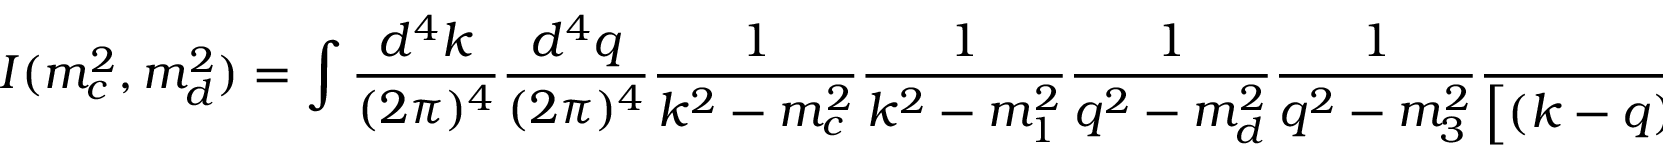
I ( m _ { c } ^ { 2 } , m _ { d } ^ { 2 } ) = \int \frac { d ^ { 4 } k } { ( 2 \pi ) ^ { 4 } } \frac { d ^ { 4 } q } { ( 2 \pi ) ^ { 4 } } \frac { 1 } { k ^ { 2 } - m _ { c } ^ { 2 } } \frac { 1 } { k ^ { 2 } - m _ { 1 } ^ { 2 } } \frac { 1 } { q ^ { 2 } - m _ { d } ^ { 2 } } \frac { 1 } { q ^ { 2 } - m _ { 3 } ^ { 2 } } \frac { 1 } { \left[ ( k - q ) ^ { 2 } - m _ { 2 } ^ { 2 } \right] } \frac { 1 } { \left[ ( k - q ) ^ { 2 } - m _ { k } ^ { 2 } \right] } .